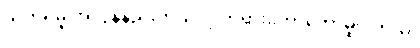
သတိရမှု အလွန်နည်းတယ်လို့ ဘုရားဟောတော်မူပါတယ်၊